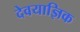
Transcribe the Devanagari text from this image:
देवयाज्ञिक